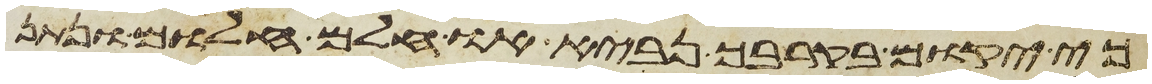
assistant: כי יקום בקרבך נביא או חלם חלום ונתן